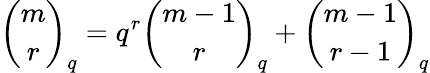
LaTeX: {\binom{m}{r}}_{q}=q^{r}{\binom{m-1}{r}}_{q}+{\binom{m-1}{r-1}}_{q}